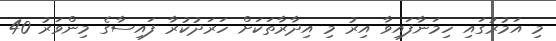
މި އަމުރުގައި ހިމަނާފައިވާ އިރު މި އިދާރާތަކަށް ހަރަދުކުރާ ފައިސާގެ މިންވަރު 40